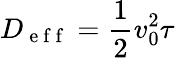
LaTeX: D_{\mathrm{~e~f~f~}}=\frac{1}{2}v_{0}^{2}\tau